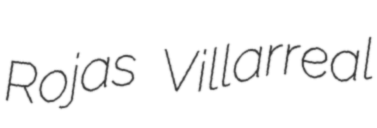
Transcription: Rojas Villarreal